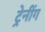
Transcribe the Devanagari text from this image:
ट्रेनींग